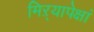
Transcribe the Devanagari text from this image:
मिऱ्यापेक्षां